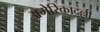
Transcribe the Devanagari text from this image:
अमेरिकादल्ली